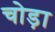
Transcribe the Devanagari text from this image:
चोड़ा